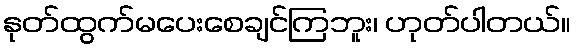
နုတ်ထွက်မပေးစေချင်ကြဘူး၊ ဟုတ်ပါတယ်။